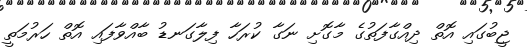
ޖީބުގައި އޮތް ދިއްގާފަތުގެ މާގޮށި ނަގާ ކުރަހާ ފިލާގަނޑު ބާއްވާފައި އޮތް ހަރުމަތީ